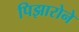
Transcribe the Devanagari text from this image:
पिझारोने